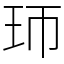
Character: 㺰